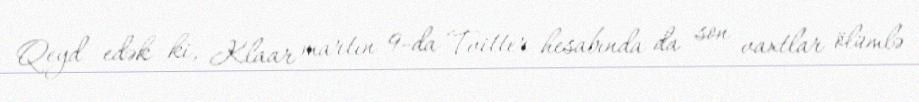
Qeyd edək ki, Klaar martın 9-da Tvitter hesabında da son vaxtlar ölümlə